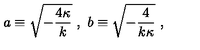
a \equiv \sqrt { - { \frac { 4 \kappa } { k } } } \ , \ b \equiv \sqrt { - { \frac { 4 } { k \kappa } } } \ ,